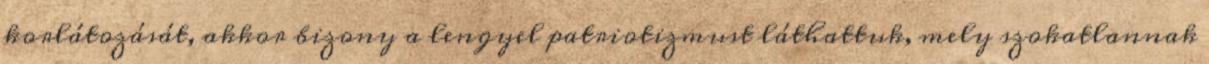
korlátozását, akkor bizony a lengyel patriotizmust láthattuk, mely szokatlannak